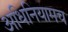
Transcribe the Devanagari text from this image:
अधिनियामच